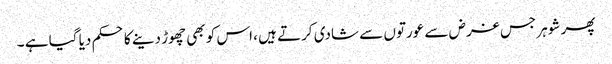
پھر شوہر جس غرض سے عورتوں سے شادی کرتے ہیں ، اس کو بھی چھوڑ دینے کا حکم دیا گیا ہے ۔